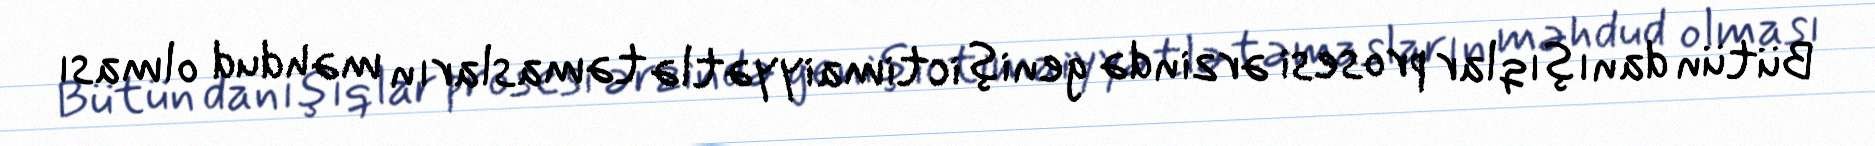
Bütün danışıqlar prosesi ərzində geniş ictimaiyyətlə təmasların məhdud olması